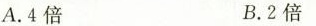
A.4倍 B.2倍